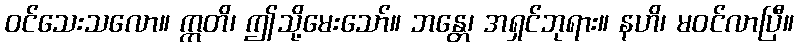
ဝင်သေးသလော။ ဣတိ၊ ဤသို့မေးသော်။ ဘန္တေ၊ အရှင်ဘုရား။ နဟိ၊ မဝင်လာပြီ။